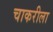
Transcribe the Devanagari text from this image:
चाकरीला